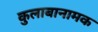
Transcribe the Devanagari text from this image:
कुलाबानामक